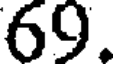
69.